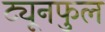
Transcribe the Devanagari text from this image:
ट्यूनफुल